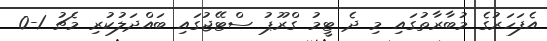
އެފަހަރުގެ މުބާރާތުގައި މި ދެ ޓީމު ގްރޫޕު ސްޓޭޖުގައި ބައްދަލުކުރި މެޗު 1-0